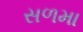
સળમા